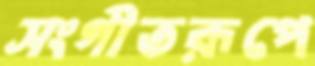
সংগীতরূপে